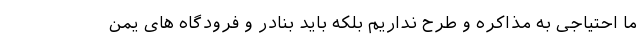
ما احتیاجی به مذاکره و طرح نداریم بلکه باید بنادر و فرودگاه های یمن